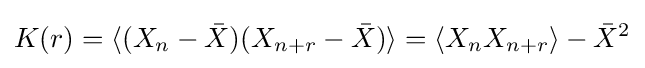
K(r)=\langle (X_{n}-{\bar {X}})(X_{n+r}-{\bar {X}})\rangle =\langle X_{n}X_{n+r}\rangle -{\bar {X}}^{2}